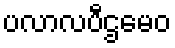
ပလာလပီဌမေဝ